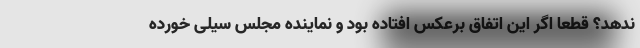
ندهد؟ قطعا اگر این اتفاق برعکس افتاده بود و نماینده مجلس سیلی خورده